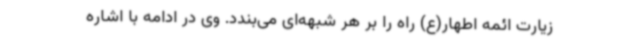
زیارت ائمه اطهار(ع) راه را بر هر شبهه‌ای می‌بندد. وی در ادامه با اشاره